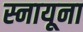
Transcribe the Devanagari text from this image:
स्नायूना